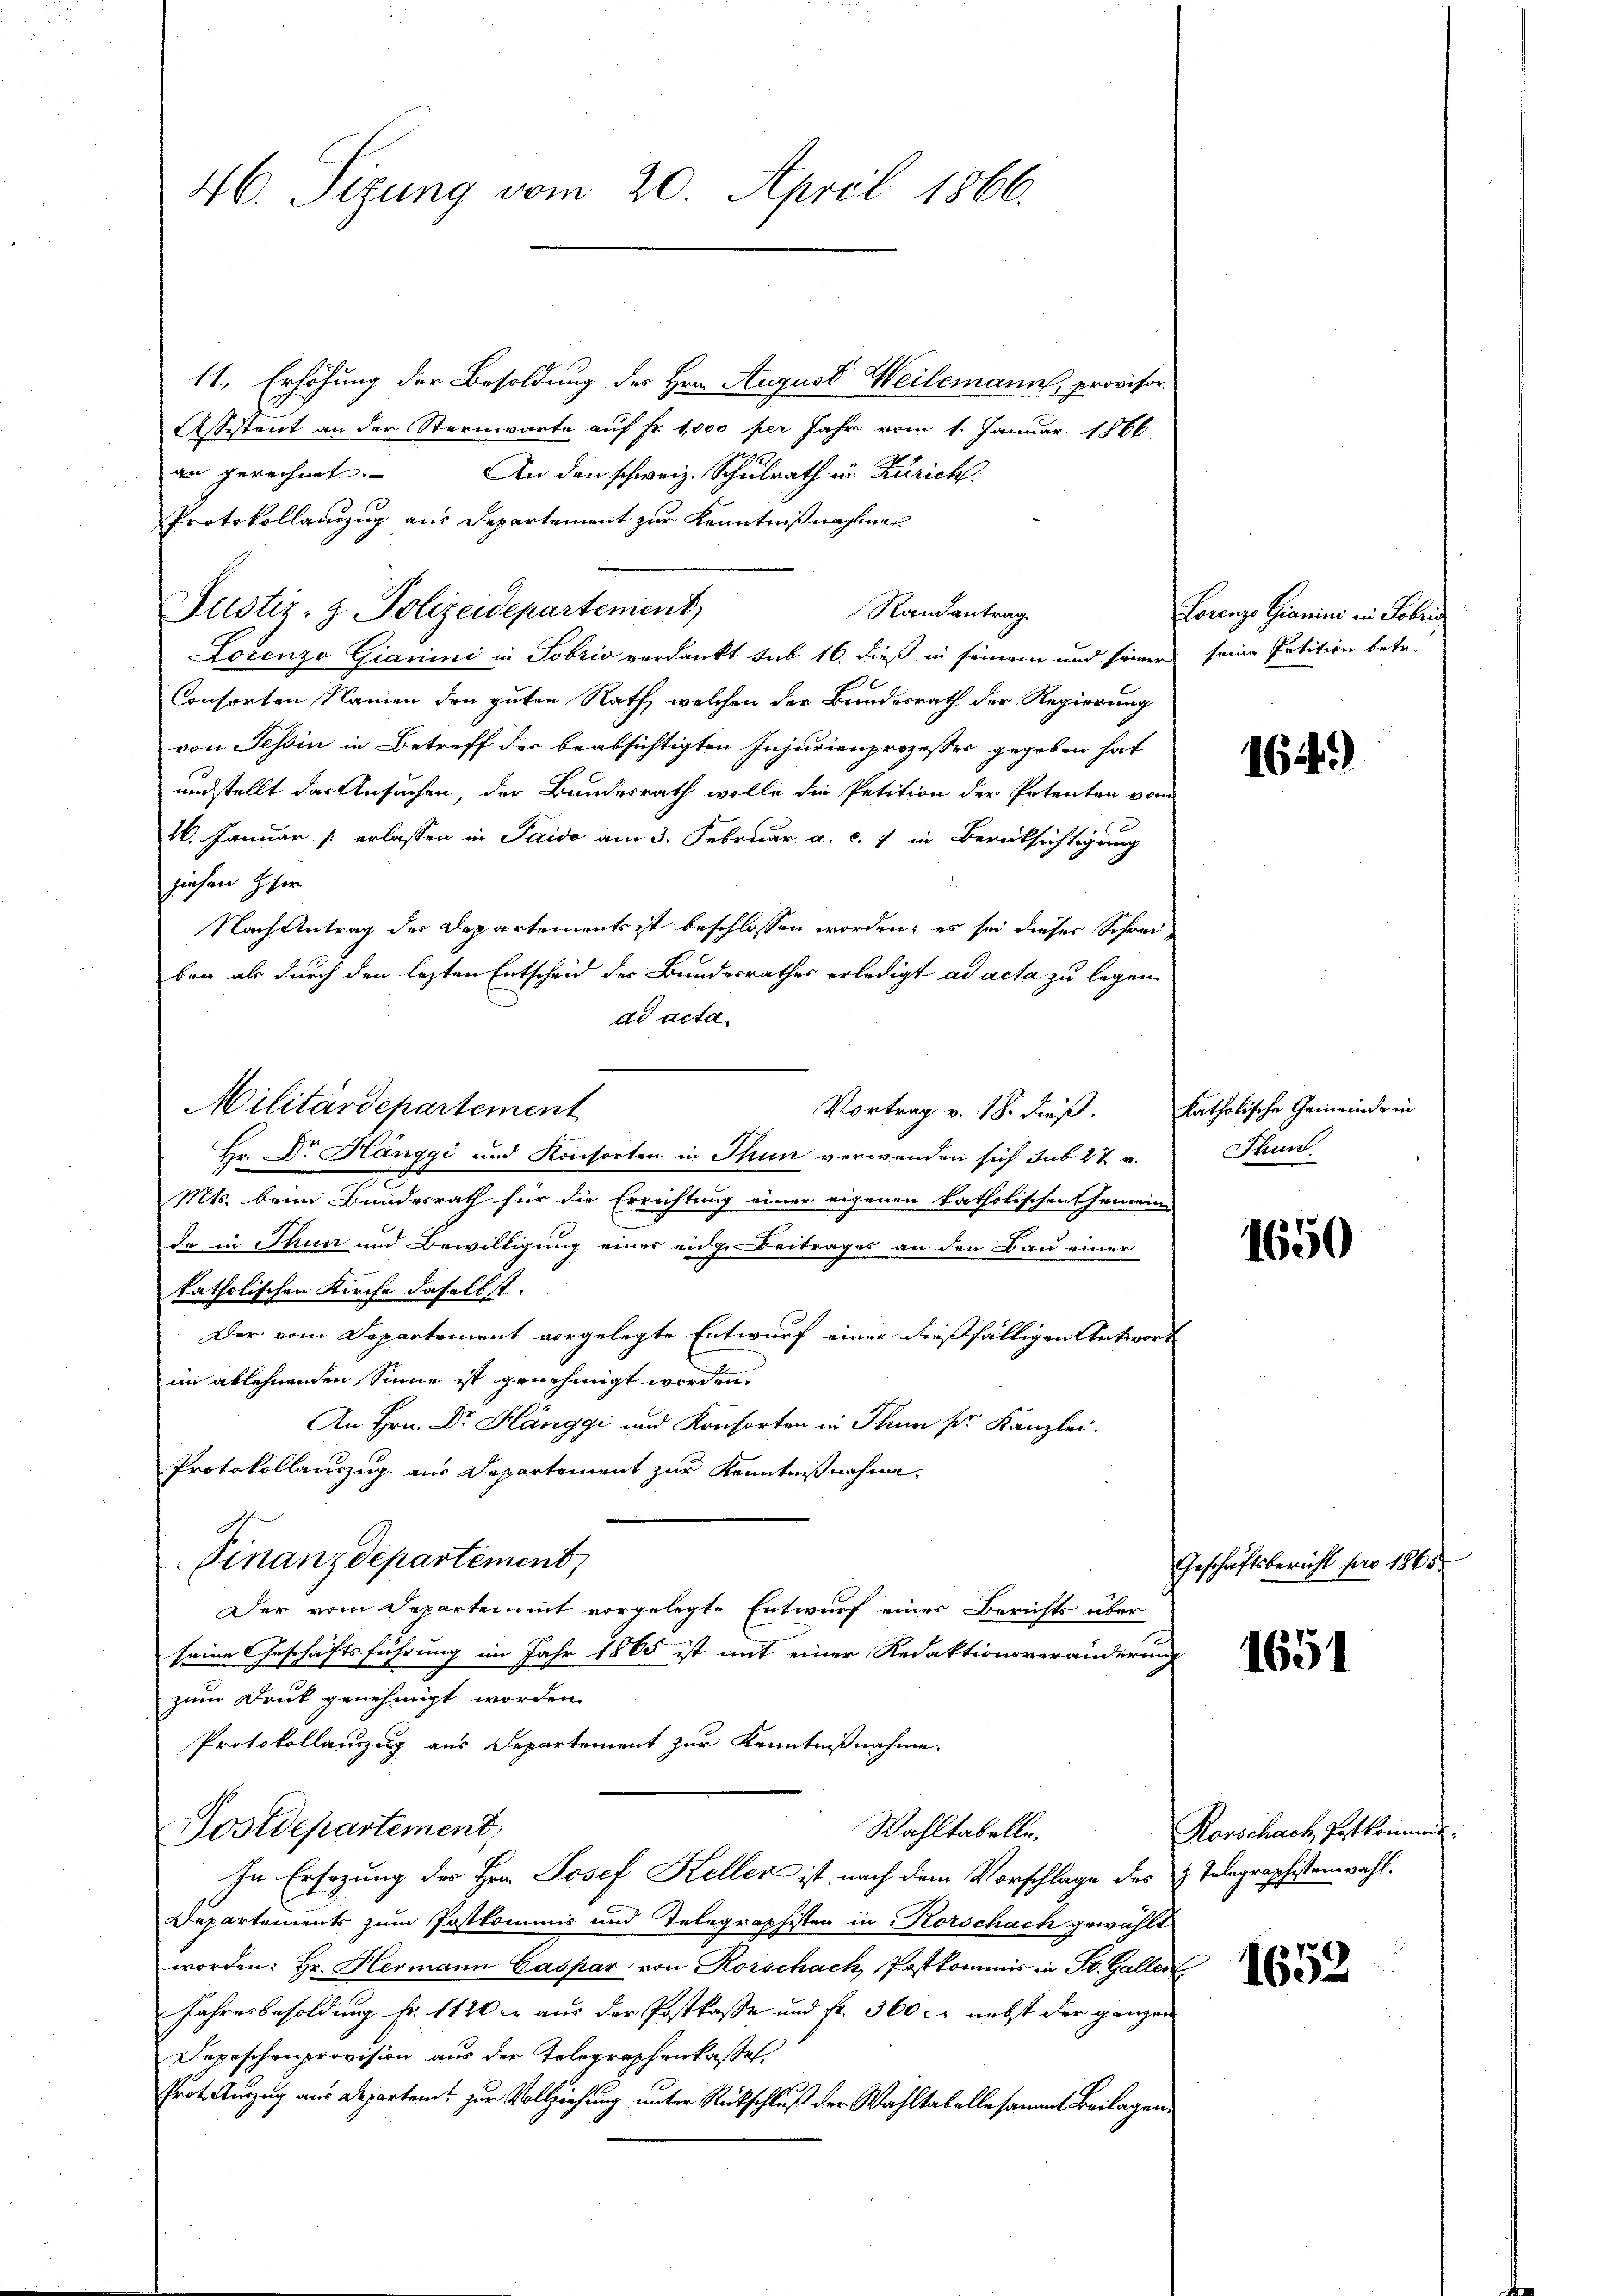
46. Sizung vom 20. April 1866.

11., Erhöhung der Besoldung des Hrn. August Heilemann, provisor
Assistent an der Sternwarte auf Fr. 1,000 per Jahr vom 1. Januar 1866.
an gerechnet. An den schweiz. Schulrath in Züricht.
Protokollauszug aus Departement zur Kenntnißnahmes
Randantrag
Justiz- & Polizeidepartement
Lorenzo Giarini in Sobris verdankt sub 16. dieß in seinem und seiner
E
Consorten Namen den guten Rath, welchen der Bundesrath der Regierung
von Tessin in Betreff der beabsichtigten Injurienprozesser gegeben hat
undstellt das Ansuchen, der Bundesrath wolle die Petition der Petenten vom
16. Januar [ erlassen in Paido am 3. Februar a. c. 1 in Berücksichtigung
ziehen Eher
Nach Antrag des Departements ist beschlossen worden; es sei dieser Schrei-
ben als durch den lezten Entscheid der Bundesrathes erledigt ad acta zu legen.
dd acta.
Vortrag v. 18. dieß.
Hr. Dr. Hänggi und Konsorten in Thun verwenden sich sub 27 v.
Mts. beim Bundesrath für die Errichtung einer eigenen katholischen Gemein-
da in Thun und Bewilligung einer eidg. Beitrages an den Bau einer
katholischen Kirche daselbst.
Der vom Departement vorgelegte Entwurf einer dießfälligen Antwort
im ablehnenden Sinne ist genehmigt worden.
An Hrn. Dr. Hänggi und Konsorten in Thun pr. Kanzlei.
Protokollauszug aus Departement zur Kenntnißnahme.
0
Finanzdepartement,
Der vom Departement vorgelegte Entwurf einer Berichts über
seine Geschäftsführung im Jahr 1865 ist mit einer Redaktionsveränderung
zum Druck genehmigt worden.
Protokollauszug aus Departement zur Kenntnißnahme.
Postdepartement,
Wahltabelle
In Ersezung des Hrn. Josef Keller ist, nach dem Vorschlage des u. Telegraphistenwahl¬
Departements zum Postkommis und Telegraphisten in Rorschach gewählt
worden: Hr. Hermann Caspar von Rorschach, Postkommis in St. Gallen
Jahresbesoldung fr. 1120 l. aus der Postkasse und Fr. 360. nebst der ganzen
Depeschenprovision aus der Telegraphenkassel.
Prot. Auszug aus Departem zur Vollziehung unter Rückschluß der Wahltabelle sammt Beilagen,

Militärdepartement

Lorenze Gianin in Folg
seine Petition betr.

1649)

katholische Gemeinde in
Thun.

1650

Geschäftsbericht pro 1865

1651

Rorschach, Postkommen

1652